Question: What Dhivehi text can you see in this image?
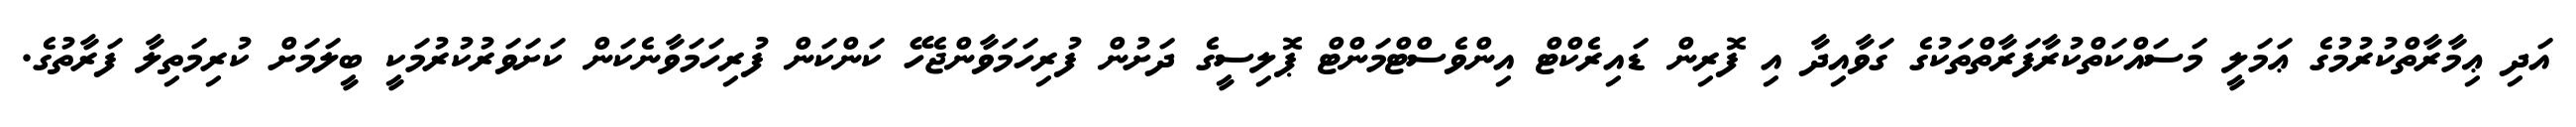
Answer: އަދި ޢިމާރާތްކުރުމުގެ ޢަމަލީ މަސައްކަތްކުރާފަރާތްތަކުގެ ގަވާއިދާ އި ފޮރިން ޑައިރެކްޓް އިންވެސްޓްމަންޓް ޕޮލިސީގެ ދަށުން ފުރިހަމަވާންޖެހޭ ކަންކަން ފުރިހަމަވާނެކަން ކަށަވަރުކުރުމަކީ ބީލަމަށް ކުރިމަތިލާ ފަރާތުގެ.